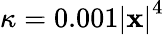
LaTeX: \kappa=0.001\left|\mathbf{x}\right|^{4}